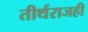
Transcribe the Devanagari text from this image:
तीर्थराजही